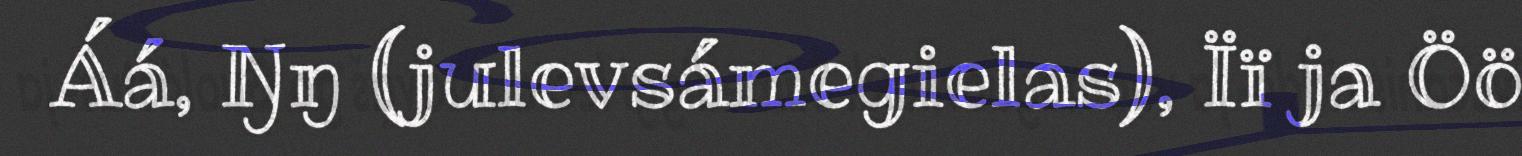
Áá, Ŋŋ (julevsámegielas), Ïï ja Öö